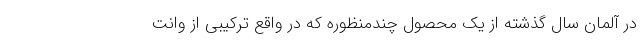
در آلمان سال گذشته از یک محصول چندمنظوره که در واقع ترکیبی از وانت